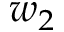
w _ { 2 }